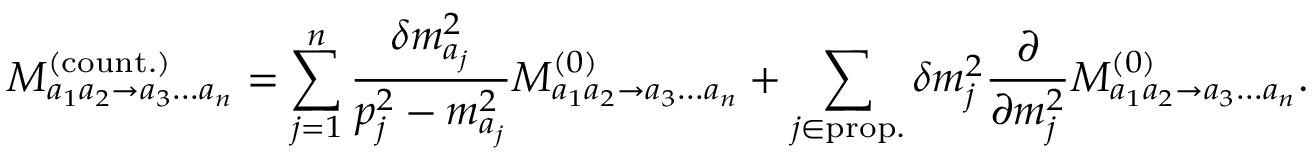
M _ { a _ { 1 } a _ { 2 } \to a _ { 3 } \dots a _ { n } } ^ { ( \mathrm { c o u n t . } ) } = \sum _ { j = 1 } ^ { n } \frac { \delta m _ { a _ { j } } ^ { 2 } } { p _ { j } ^ { 2 } - m _ { a _ { j } } ^ { 2 } } M _ { a _ { 1 } a _ { 2 } \to a _ { 3 } \dots a _ { n } } ^ { ( 0 ) } + \sum _ { j \in \mathrm { p r o p . } } \delta m _ { j } ^ { 2 } \frac { \partial } { \partial m _ { j } ^ { 2 } } M _ { a _ { 1 } a _ { 2 } \to a _ { 3 } \dots a _ { n } } ^ { ( 0 ) } .